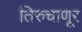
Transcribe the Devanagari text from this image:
तिरुचाणूर